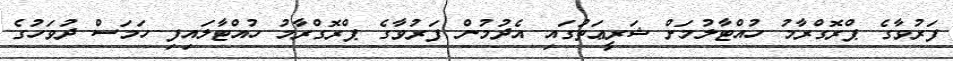
ފަރުވާގެ ޕްރޮގްރާމު ހުއްޓާލުމަށް ޝަރީޢަތުގައި އެދުމުން ފަރުވާގެ ޕްރޮގްރާމު ހުއްޓާލައިފި ހަމަސް ދުވަހުގެ